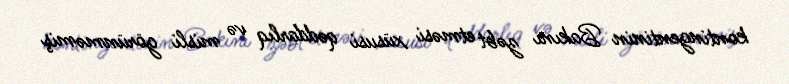
kontingentinin Bakını zəbt etməsi xüsusi qəddarlıq və misli görünməmiş